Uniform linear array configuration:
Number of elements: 24
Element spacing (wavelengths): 1
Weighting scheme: binomial
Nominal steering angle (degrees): -15
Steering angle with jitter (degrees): -15.484
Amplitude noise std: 0.05
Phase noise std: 0.05

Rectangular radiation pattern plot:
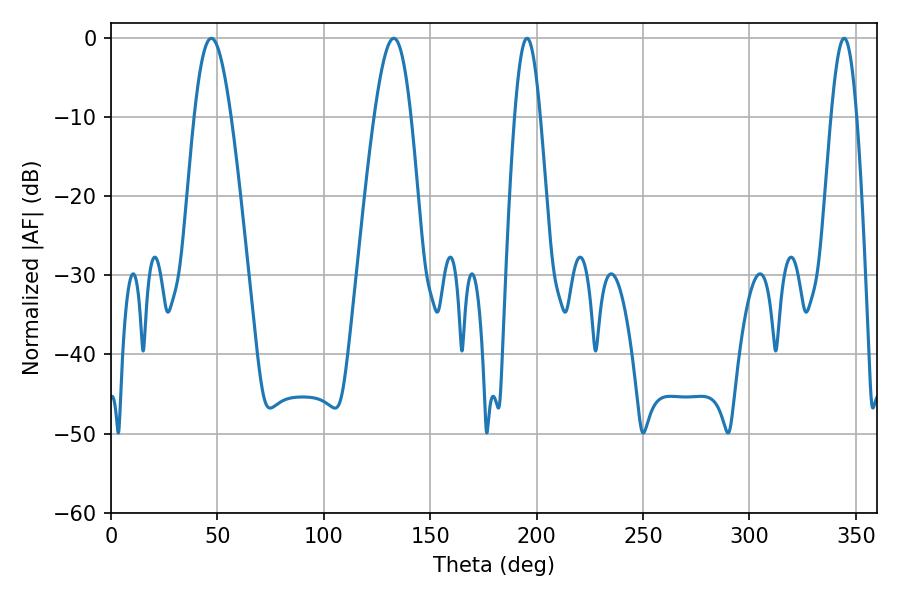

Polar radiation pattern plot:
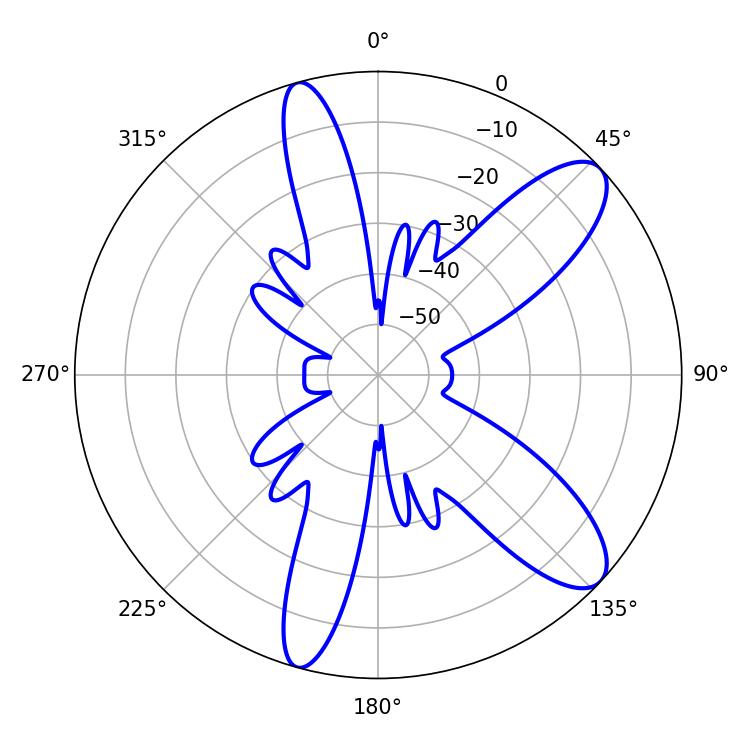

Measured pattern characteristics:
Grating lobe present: TRUE
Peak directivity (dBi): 10.146
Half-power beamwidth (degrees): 6.48
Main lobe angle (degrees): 195.48